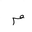
Letter: _mim